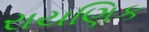
રાયણિક